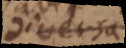
diversa